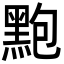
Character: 𪐼